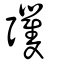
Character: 彏